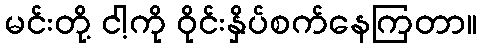
မင်းတို့ ငါ့ကို ဝိုင်းနှိပ်စက်နေကြတာ။